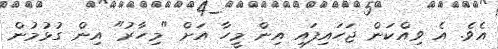
އެވެ. އެ ވިއްކަން ޖަހައިފައި އިން މީހާ އަށް "މިހާރު" އިން ގުޅުމުން